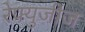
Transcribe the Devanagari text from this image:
रेफ्युजीज